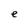
Character: e